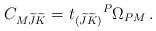
LaTeX: \begin{align*}C_{M\widetilde J \widetilde K} = t_{(\widetilde{J} \widetilde{K})}{}^P\Omega_{ PM}\,. \end{align*}